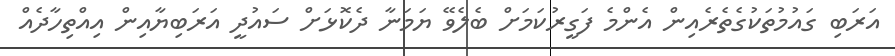
އަރަބި ގައުމުތަކުގެތެރެއިން އެންމެ ފަގީރުކަމަށް ބެލެވޭ ޔަމަނާ ދެކޮޅަށް ސައުދީ އަރަބިޔާއިން އިއްތިހާދެއް